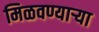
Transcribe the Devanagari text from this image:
मिळवण्याऱ्या